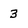
Character: 3